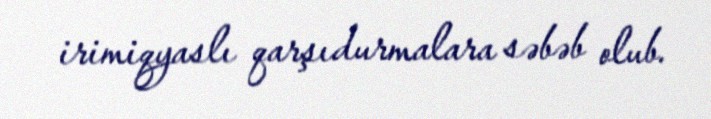
irimiqyaslı qarşıdurmalara səbəb olub.